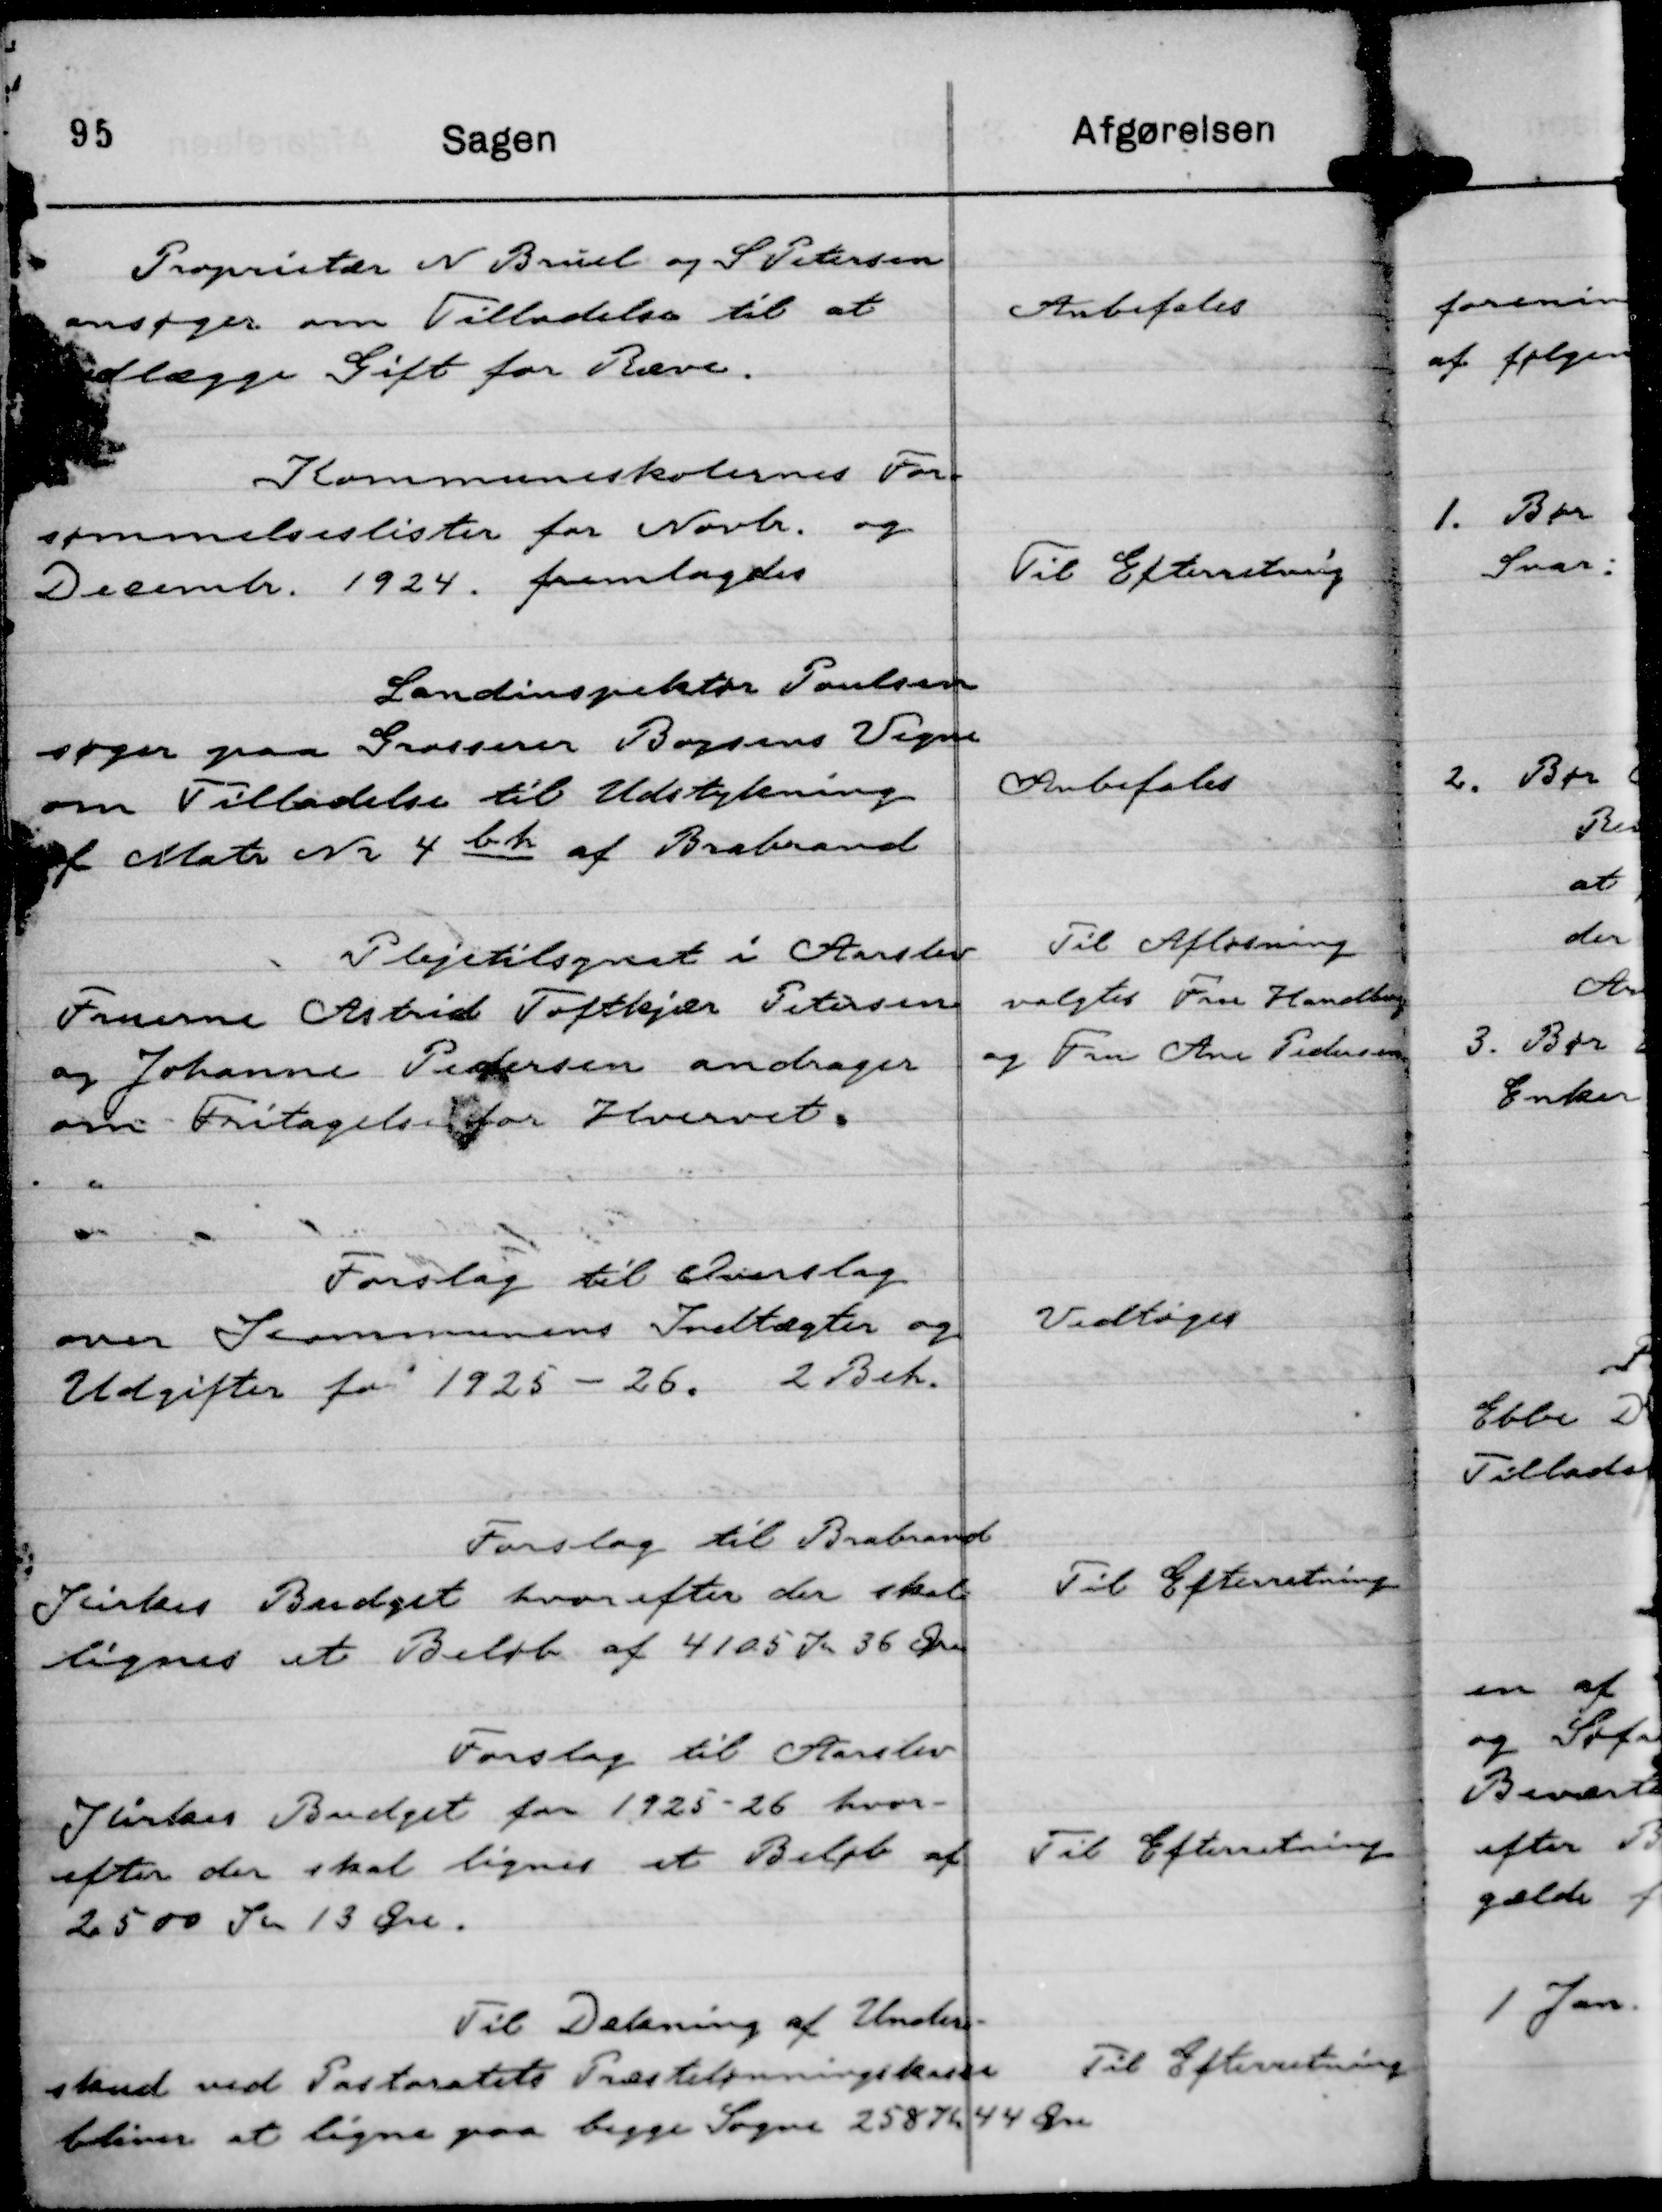
Transskription:
Proprietær N Bruel og S Petersen
ansøger om Tilladelse til at
udlægge Gift for Ræve.

Anbefales

Kommuneskolernes For-
sømmelseslister for Novbr. og 
Decembr. 1924. fremlagdes

Til Efterretning

Landinspektør Poulsen
søger paa Grosserer Boysens Vegne
om Tilladelse til Udstykning
af Matr Nr 4 bh af Brabrand

Anbefales

Plejetilsynet i Aarslev
Fruerne Astrid Toftkjær Petersen
og Johanne Pedersen andrager
om Fritagelse for Hvervet.

Til Afløsning
valgtes Fru Handberg
og Fru Ane Pedersen

Forslag til Overslag
over Kommunens Indtægter og
Udgifter for 1925 - 26.
2 Beh.

Vedtoges

Forslag til Brabrand
Kirkes Budget hvorefter der skal
lignes et Beløb af 4105 Kr 36 Øre

Til Efterretning

Forslag til Aarslev
Kirkes Budget for 1925-26 hvor-
efter der skal lignes et Beløb af
2500 Kr 13 Øre.

Til Efterretning

Til Dækning af Under-
skud ved Pastoratets Præstelønningskasse
bliver at ligne paa begge Sogne 258 Kr 44 Øre

Til Efterretning